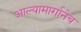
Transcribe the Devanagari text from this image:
आल्यामार्गानेच